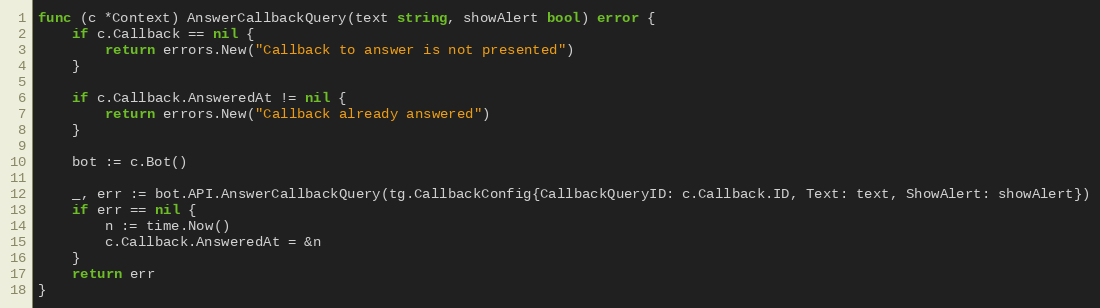
Language: Go
func (c *Context) AnswerCallbackQuery(text string, showAlert bool) error {
	if c.Callback == nil {
		return errors.New("Callback to answer is not presented")
	}

	if c.Callback.AnsweredAt != nil {
		return errors.New("Callback already answered")
	}

	bot := c.Bot()

	_, err := bot.API.AnswerCallbackQuery(tg.CallbackConfig{CallbackQueryID: c.Callback.ID, Text: text, ShowAlert: showAlert})
	if err == nil {
		n := time.Now()
		c.Callback.AnsweredAt = &n
	}
	return err
}